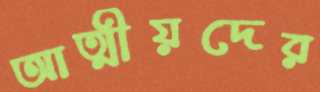
আত্মীয়দের